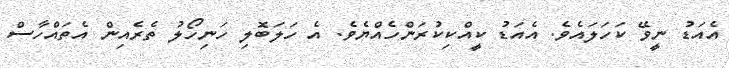
އެއަޑު ނީވޭ ކަހަލައެވެ. އެއަޑު ކީއްކިކުރަންހެއްޔެވެ. އެ ހަލަބޮލި ހަނިހޯލު ތެރެއިން އެތައްހާސް